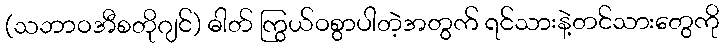
(သဘာဝအီစတိုဂျင်) ဓါတ် ကြွယ်ဝစွာပါတဲ့အတွက် ရင်သားနဲ့တင်သားတွေကို